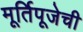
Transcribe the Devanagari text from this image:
मूर्तिपूजेची